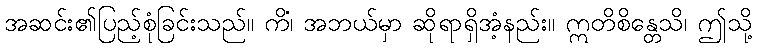
အဆင်း၏ပြည့်စုံခြင်းသည်။ ကိံ၊ အဘယ်မှာ ဆိုရာရှိအံ့နည်း။ ဣတိစိန္တေသိ၊ ဤသို့